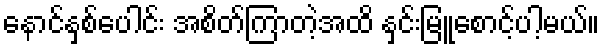
နောင်နှစ်ပေါင်း အစိတ်ကြာတဲ့အထိ နှင်းမြူစောင့်ပါ့မယ်။